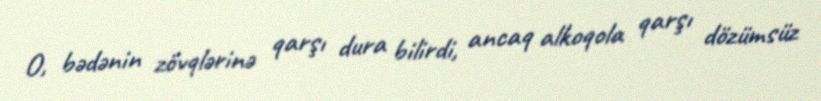
O, bədənin zövqlərinə qarşı dura bilirdi, ancaq alkoqola qarşı dözümsüz